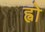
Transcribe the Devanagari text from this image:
ह्वो